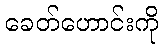
ခေတ်ဟောင်းကို